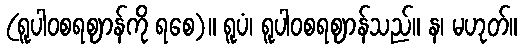
(ရူပါဝစရဈာန်ကို ရစေ)။ ရူပံ၊ ရူပါဝစရဈာန်သည်။ န၊ မဟုတ်။